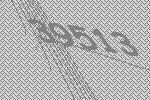
39513